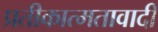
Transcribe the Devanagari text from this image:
प्रतीकात्मतावादी